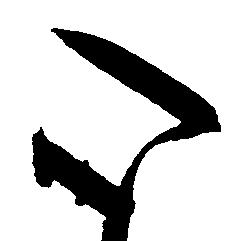
心